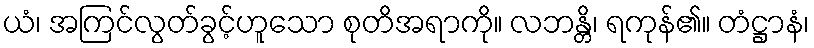
ယံ၊ အကြင်လွတ်ခွင့်ဟူသော စုတိအရာကို။ လဘန္တိ၊ ရကုန်၏။ တံဋ္ဌာနံ၊